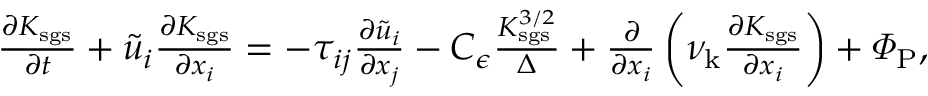
\begin{array} { r } { \frac { \partial K _ { \mathrm { s g s } } } { \partial t } + \tilde { u } _ { i } \frac { \partial K _ { \mathrm { s g s } } } { \partial x _ { i } } = - \tau _ { i j } \frac { \partial \tilde { u } _ { i } } { \partial x _ { j } } - C _ { \epsilon } \frac { K _ { \mathrm { s g s } } ^ { 3 / 2 } } { \Delta } + \frac { \partial } { \partial x _ { i } } \left( \nu _ { \mathrm { k } } \frac { \partial K _ { \mathrm { s g s } } } { \partial x _ { i } } \right) + \varPhi _ { \mathrm { P } } , } \end{array}